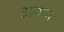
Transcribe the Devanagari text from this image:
अग्रजः